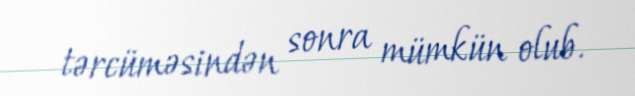
tərcüməsindən sonra mümkün olub.